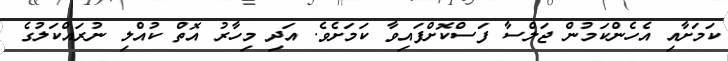
ކަމަށާއި އެހެންކަމުން ޖަލްސާ ފަސްކޮށްފައިވާ ކަމަށެވެ. އަދި މިހާރު އޮތް ކުއްލި ނުރައްކަލުގެ